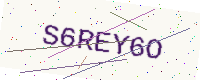
Text: S6REY6O